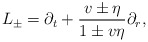
\begin{align*} L_\pm=\partial_t+\frac{v\pm\eta}{1\pm v\eta}\partial_r,\end{align*}